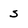
Character: s